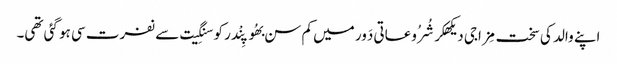
اپنے والد کی سخت مِزاجی دیکھکر شُرُوعاتی دَور میں کم سن بھُوپِنْدر کو سنگِیت سے نفرت سی ہو گئی تھی۔